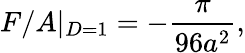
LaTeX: F/A|_{D=1}=-{\frac{\pi}{96a^{2}}},